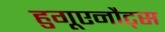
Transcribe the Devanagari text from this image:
हुगूएनौट्स